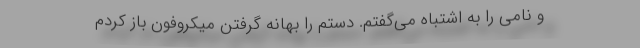
و نامی را به اشتباه می‌گفتم. دستم را بهانه گرفتن میکروفون باز کردم